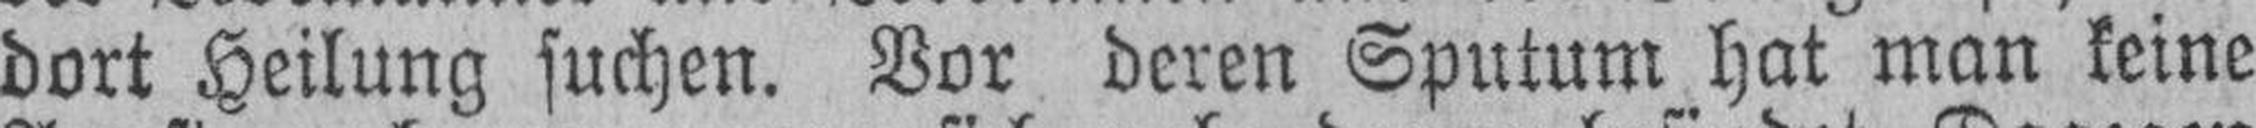
dort Heilung suchen. Vor deren Sputum hat man keine